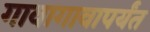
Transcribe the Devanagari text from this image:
गावागावापर्यंत